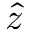
\hat { z }